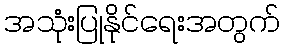
အသုံးပြုနိုင်ရေးအတွက်